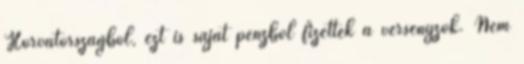
Horvátországból, ezt is saját pénzből fizették a versenyzők. Nem